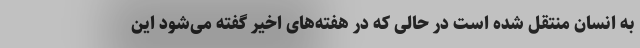
به انسان منتقل شده است در حالی که در هفته‌های اخیر گفته می‌شود این